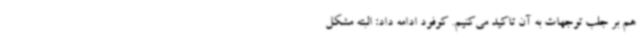
هم بر جلب توجهات به آن تاکید می‌کنیم. کوفود ادامه داد: البته مشکل